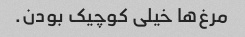
مرغ‌ها خیلی کوچیک بودن.